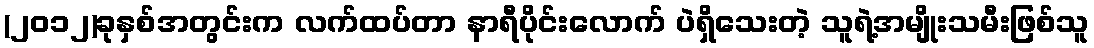
(၂၀၁၂)ခုနှစ်အတွင်းက လက်ထပ်တာ နာရီပိုင်းလောက် ပဲရှိသေးတဲ့ သူရဲ့အမျိုးသမီးဖြစ်သူ